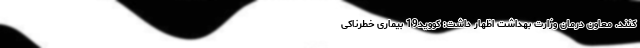
کنند. معاون درمان وزارت بهداشت اظهار داشت: کووید19 بیماری خطرناکی